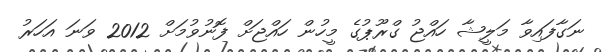
ނަގާފައިވާ މަލީޝާ ހައްޖު ގްރޫޕުގެ މީހުން ހައްޖަށް ފޮނުވުމަށް 2012 ވަނަ އަހަރު